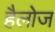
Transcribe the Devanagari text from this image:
हैलोज